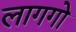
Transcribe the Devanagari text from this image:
लागगो